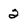
Character: 2